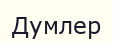
Думлер